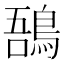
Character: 𪁙